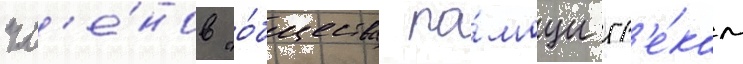
чл'е́нов "о́бщества по́мощи гр'е́кам